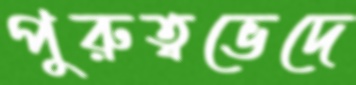
পুরুত্বভেদে